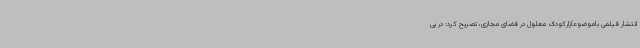
انتشار فیلمی باموضوعآزارکودک معلول در فضای مجازی، تصریح کرد: در پی